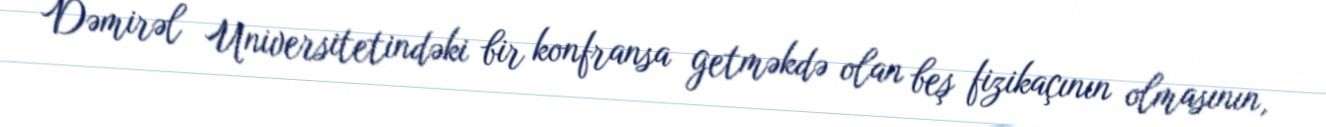
Dəmirəl Universitetindəki bir konfransa getməkdə olan beş fizikaçının olmasının,